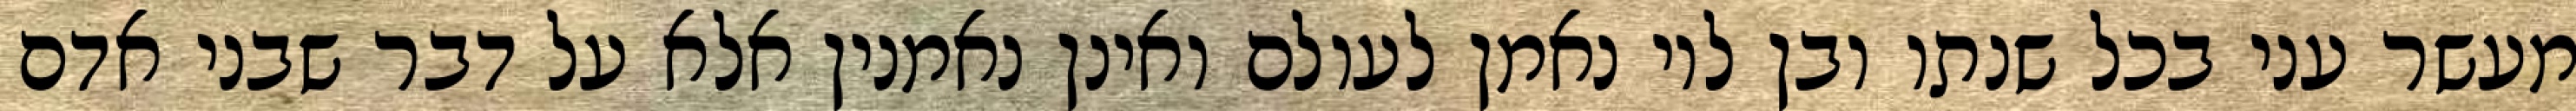
מעשר עני בכל שנתו ובן לוי נאמן לעולם ואינן נאמנין אלא על דבר שבני אדם